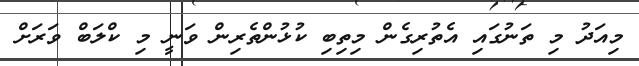
މިއަދު މި ތަނުގައި އެތުރިގެން މިތިބި ކުޅުންތެރިން ވަނީ މި ކްލަބް ވަރަށް